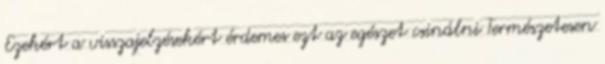
Ezekért a visszajelzésekért érdemes ezt az egészet csinálni Természetesen